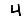
Digit: 4